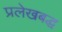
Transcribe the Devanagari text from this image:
प्रलेखबद्ध